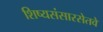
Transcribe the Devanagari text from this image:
शिष्यसंसारसेतवे